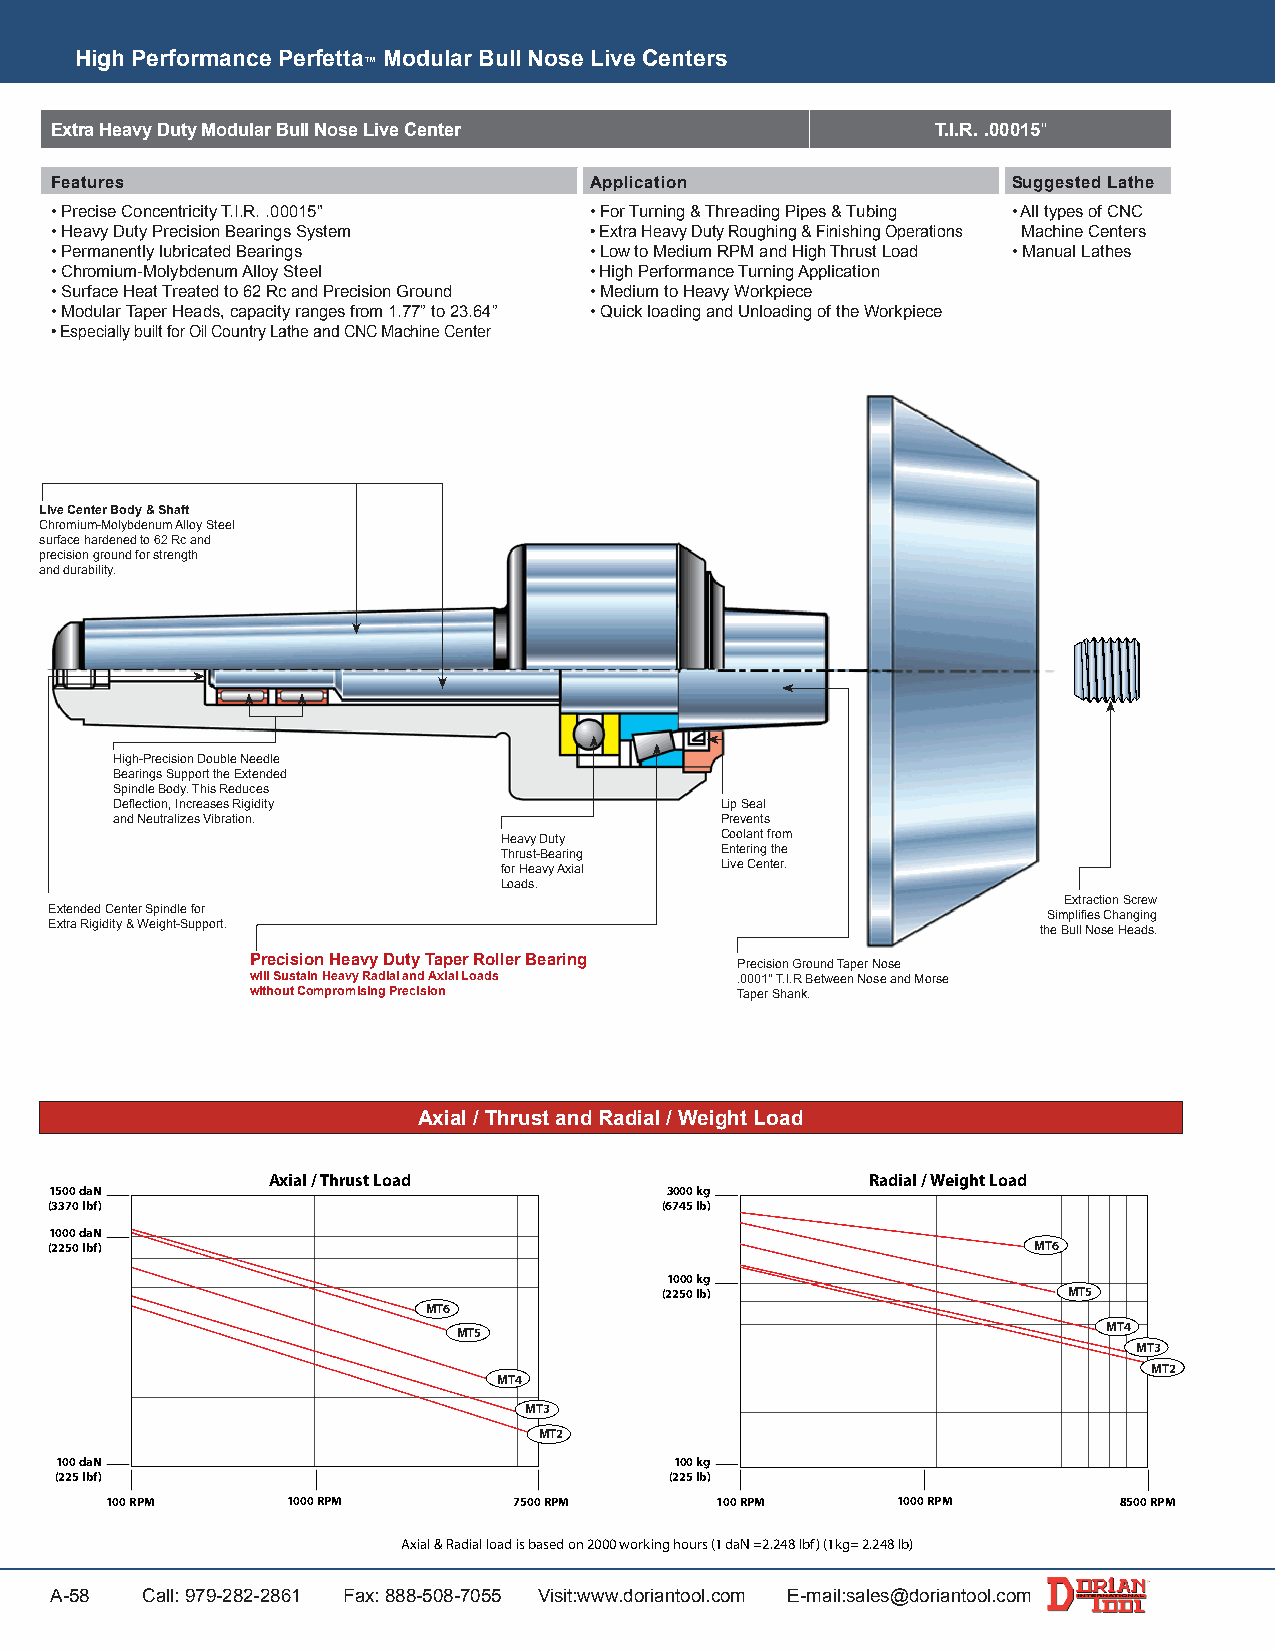
High Performance Perfetta Modular Bull Nose Live Centers
 ™
 Extra Heavy Duty Modular Bull Nose Live Center             T.I.R. .00015"
 Features                            Application                 Suggested Lathe
 • Precise Concentricity T.I.R. .00015" • For Turning & Threading Pipes & Tubing • All types of CNC
 • Heavy Duty Precision Bearings System • Extra Heavy Duty Roughing & Finishing Operations Machine Centers
 • Permanently lubricated Bearings   • Low to Medium RPM and High Thrust Load • Manual Lathes
 • Chromium-Molybdenum Alloy Steel   • High Performance Turning Application
 • Surface Heat Treated to 62 Rc and Precision Ground • Medium to Heavy Workpiece
 • Modular Taper Heads, capacity ranges from 1.77” to 23.64” • Quick loading and Unloading of the Workpiece
 • Especially built for Oil Country Lathe and CNC Machine Center
 Live Center Body & Shaft
 Chromium-Molybdenum Alloy Steel
 surface hardened to 62 Rc and
 precision ground for strength
 and durability.
 High-Precision Double Needle
 Bearings Support the Extended
 Spindle Body. This Reduces
 Deflection, Increases Rigidity           Lip Seal
 and Neutralizes Vibration.               Prevents
 Heavy Duty     Coolant from
 Thrust-Bearing Entering the
 for Heavy Axial Live Center.
 Loads.
 Extraction Screw
 Extended Center Spindle for                                       Simplifies Changing
 Extra Rigidity & Weight-Support.                                  the Bull Nose Heads.
 Precision Heavy Duty Taper Roller Bearing Precision Ground Taper Nose
 will Sustain Heavy Radial and Axial Loads .0001" T.I.R Between Nose and Morse
 without Compromising Precision  Taper Shank.
 Axial / Thrust and Radial / Weight Load
 Axial / Thrust Load                     Radial / Weight Load
 1500 daN                                 3000 kg
 (3370 lbf)                               (6745 lb)
 1000 daN
 (2250 lbf)                                                       MT6
 1000 kg
 (2250 lb)                  MT5
 MT6
 MT4
 MT5
 MT3
 MT2
 MT4
 MT3
 MT2
 100 daN                                  100 kg
 (225 lbf)                               (225 lb)
 100 RPM     1000 RPM       7500 RPM     100 RPM     1000 RPM       8500 RPM
 Axial & Radial load is based on 2000 working hours (1 daN =2.248 lbf) (1kg= 2.248 lb)
 A-58  Call: 979-282-2861 Fax: 888-508-7055 Visit:www.doriantool.com E-mail:sales@doriantool.com